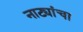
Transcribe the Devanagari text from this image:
नाट्यांचा